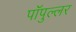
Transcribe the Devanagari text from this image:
पॉपुल्लर